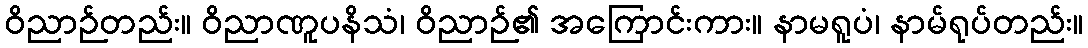
ဝိညာဉ်တည်း။ ဝိညာဏူပနိသံ၊ ဝိညာဉ်၏ အကြောင်းကား။ နာမရူပံ၊ နာမ်ရုပ်တည်း။